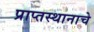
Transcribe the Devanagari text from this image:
प्राप्तस्थानाचे